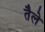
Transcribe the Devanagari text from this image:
तैले